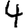
Digit: 4